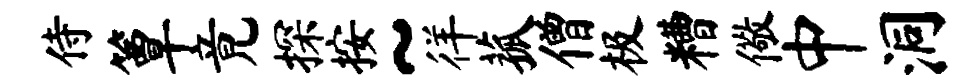
侍簟竟探按~徉菰僧极糟儆中洞